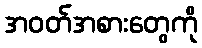
အဝတ်အစားတွေကို